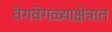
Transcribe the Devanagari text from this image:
वेगवेगळ्याक्षेत्रात